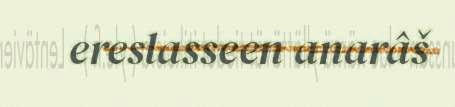
ereslasseen anarâš